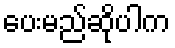
ပေးမည်ဆိုပါက